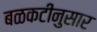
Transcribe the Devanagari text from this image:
बळकटीनुसार